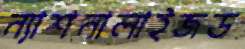
ন্যাশনালাইজড